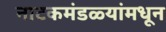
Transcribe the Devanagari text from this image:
नाटकमंडळ्यांमधून